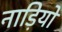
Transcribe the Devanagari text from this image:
नाड़ियों